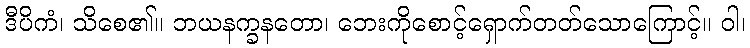
ဒီပိကံ၊ သိစေ၏။ ဘယနက္ခနတော၊ ဘေးကိုစောင့်ရှောက်တတ်သောကြောင့်။ ဝါ၊